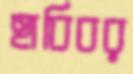
হাবিবর